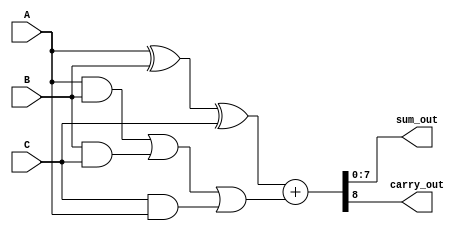
module CarrySaveAdder (
    input [N-1:0] A, // First operand
    input [N-1:0] B, // Second operand
    input [N-1:0] C, // Third operand
    output [N-1:0] sum_out, // Output sum
    output carry_out // Output carry
);
    parameter N = 8; // Bit-width of inputs

    // Carry Save Adder block
    function [N-1:0] CSA;
        input [N-1:0] A;
        input [N-1:0] B;
        input [N-1:0] C;
        begin
            CSA = A ^ B ^ C; // Sum
        end
    endfunction

    function [N-1:0] carry;
        input [N-1:0] A;
        input [N-1:0] B;
        input [N-1:0] C;
        begin
            carry = (A & B) | (B & C) | (C & A); // Carry
        end
    endfunction

    // Intermediate sums and carries
    wire [N-1:0] sum1, sum2;
    wire [N-1:0] carry1, carry2;

    // First level of CSA
    assign sum1 = CSA(A, B, C);
    assign carry1 = carry(A, B, C);

    // Assuming we have more inputs, we can add more levels
    // For simplicity, let's assume we have only three inputs in this example

    // Final carry propagation using a simple ripple carry adder
    wire [N-1:0] final_sum;
    wire final_carry;

    // Final adder
    assign {final_carry, final_sum} = sum1 + carry1;

    // Assign outputs
    assign sum_out = final_sum;
    assign carry_out = final_carry;

endmodule